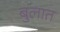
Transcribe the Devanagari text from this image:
बुलात